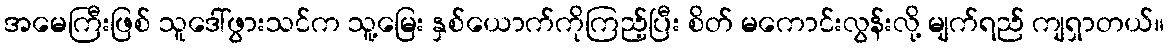
အမေကြီးဖြစ် သူဒေါ်ဖွားသင်က သူ့မြေး နှစ်ယောက်ကိုကြည့်ပြီး စိတ် မကောင်းလွန်းလို့ မျက်ရည် ကျရှာတယ်။